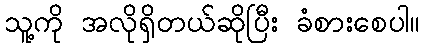
သူ့ကို အလိုရှိတယ်ဆိုပြီး ခံစားစေပါ။